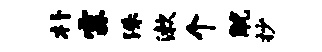
朴霖洙漱个觥抄